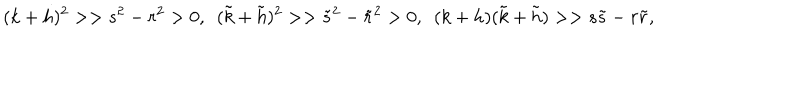
( k + h ) ^ { 2 } > > s ^ { 2 } - r ^ { 2 } > 0 , \ \ ( \tilde { k } + \tilde { h } ) ^ { 2 } > > \tilde { s } ^ { 2 } - \tilde { r } ^ { 2 } > 0 , \ \ ( k + h ) ( \tilde { k } + \tilde { h } ) > > s \tilde { s } - r \tilde { r } ,